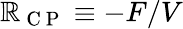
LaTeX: \mathbb{R}_{\mathrm{{~C~P~}}}\equiv-F/V